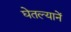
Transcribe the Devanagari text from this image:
घेतल्यानें